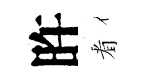
旿㸔